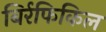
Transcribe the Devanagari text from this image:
बिर्रफिकिल